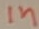
Text: in